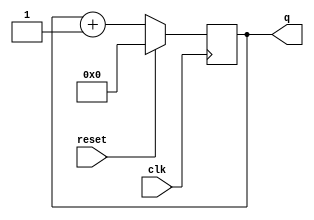
module top_module (
    input clk,
    input reset,      
    output [3:0] q);
    always @ (posedge clk )
        begin
        if (reset) q<=0;
        else q=q+1;
        end
    

endmodule